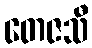
တေဇသီ